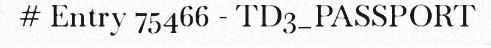
# Entry 75466 - TD3_PASSPORT